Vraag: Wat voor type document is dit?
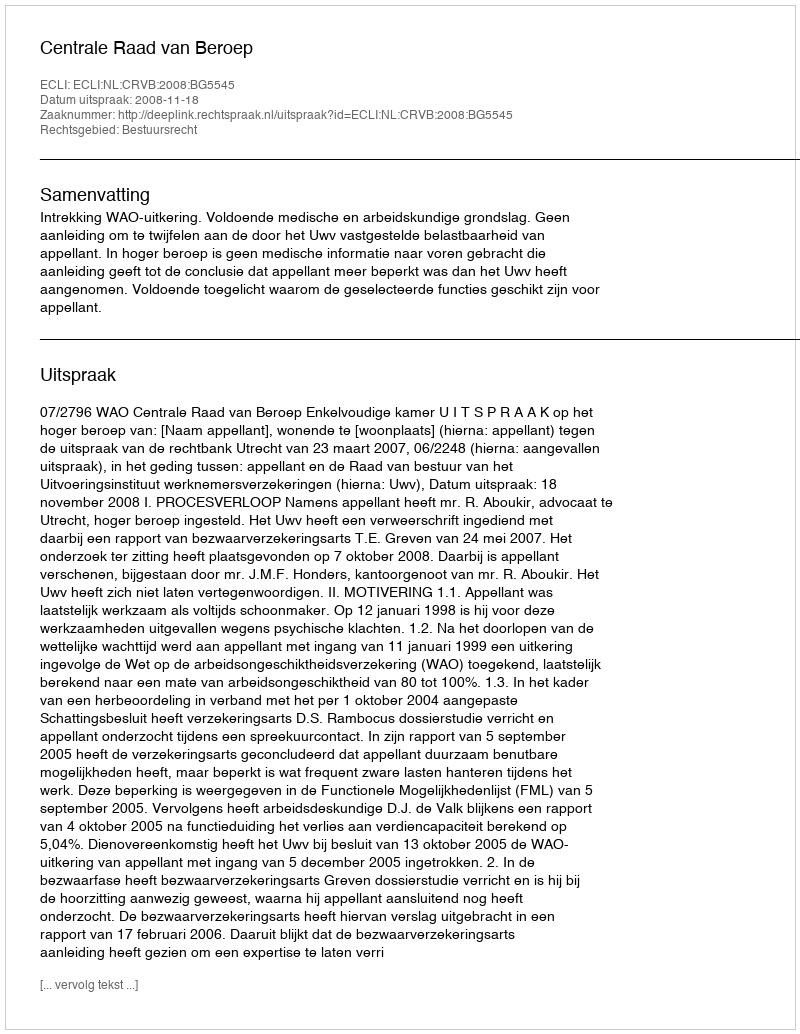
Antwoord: Uitspraak